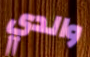
والدي